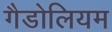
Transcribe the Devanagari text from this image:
गैडोलियम